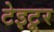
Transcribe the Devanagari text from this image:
टेइटूर